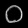
Digit: ၀